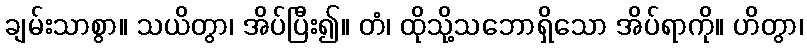
ချမ်းသာစွာ။ သယိတွာ၊ အိပ်ပြီး၍။ တံ၊ ထိုသို့သဘောရှိသော အိပ်ရာကို။ ဟိတွာ၊